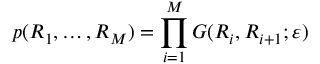
p ( R _ { 1 } , \ldots , R _ { M } ) = \prod _ { i = 1 } ^ { M } G ( R _ { i } , R _ { i + 1 } ; \varepsilon )